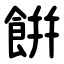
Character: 餠